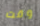
وقت